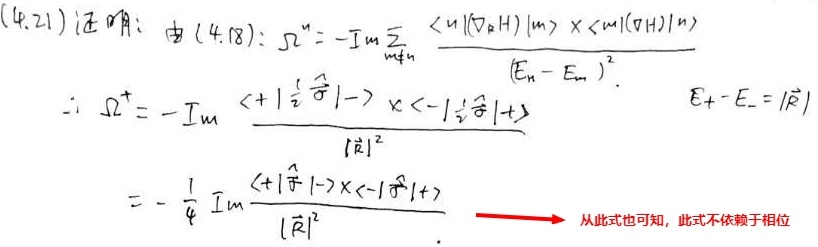
(4.21) 证明：由(4.18)：
\(\Omega^{+}=-\mathrm{Im}\sum_{m\neq n} \frac{\langle n|(\nabla_{R}H)|m\rangle\times\langle m|(\nabla_{R}H)|n\rangle}{(E_{n}-E_{m})^{2}}\)
\(\therefore \Omega^{+}=-\mathrm{Im}\frac{\langle +|\frac{1}{2}\frac{\partial}{\partial}|-\rangle\times\langle -|\frac{1}{2}\frac{\partial}{\partial}|+\rangle}{|\vec{R}|^{2}}\)
\(E_{+}-E_{-}=|\vec{R}|\)
\(=-\frac{1}{4}\mathrm{Im}\frac{\langle +|\frac{\partial}{\partial}|-\rangle\times\langle -|\frac{\partial}{\partial}|+\rangle}{|\vec{R}|^{2}}\)
从此式也可知，此式不依赖于相位。